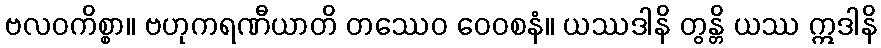
ဗလဝကိစ္စာ။ ဗဟုကရဏီယာတိ တဿေဝ ဝေဝစနံ။ ယဿဒါနိ တွန္တိ ယဿ ဣဒါနိ